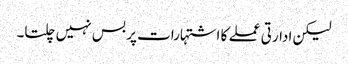
لیکن ادارتی عملے کا اشتہارات پر بس نہیں چلتا۔